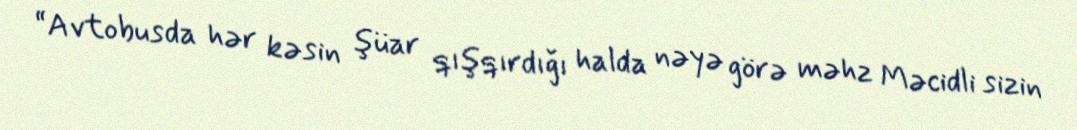
“Avtobusda hər kəsin şüar qışqırdığı halda nəyə görə məhz Məcidli sizin